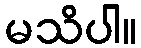
မသိပါ။